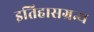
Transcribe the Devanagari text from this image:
इतिहासग्रन्थ